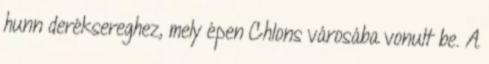
hunn deréksereghez, mely épen Chlons városába vonult be. A